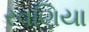
રવણિયા